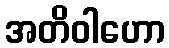
အတိဝါဟော